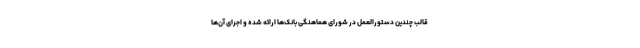
قالب چندین دستورالعمل در شورای هماهنگی بانک‌ها ارائه شده و اجرای آن‌ها